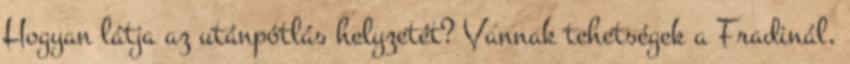
Hogyan látja az utánpótlás helyzetét? Vannak tehetségek a Fradinál,